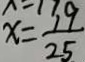
x = \frac { 1 9 } { 2 5 }